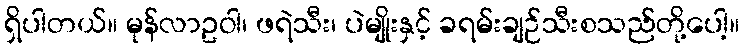
ရှိပါတယ်။ မုန်လာဥဝါ၊ ဖရဲသီး၊ ပဲမျိုးနှင့် ခရမ်းချဉ်သီးစသည်တို့ပေါ့။